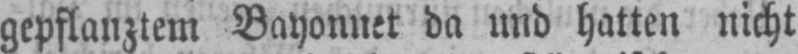
gepflanztem Bayonnet da und hatten nicht